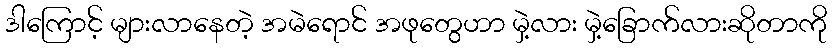
ဒါကြောင့် များလာနေတဲ့ အမဲရောင် အဖုတွေဟာ မှဲ့လား မှဲ့ခြောက်လားဆိုတာကို